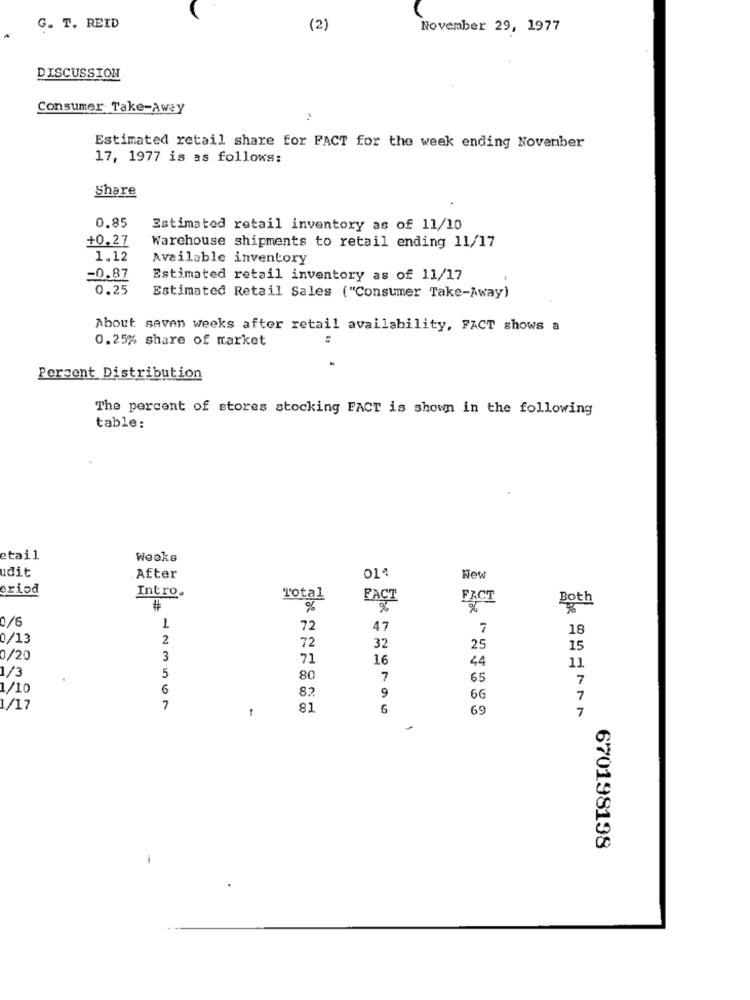
G. T. REID
(2)
November 29, 1977
DISCUSSION
Consumer Take-Away
Estimated retail share for FACT for the week ending November
17, 1977 is as follows:
Share
0.85
Estimated retail inventory as of 11/10
+0,27
Warehouse shipments to retail ending 11/17
1.12
Available inventory
-0.87
Estimated retail inventory as of 11/17
0.25
Estimated Retail Sales ("Consumer Take-Away)
About saven weeks after retail availability, FACT shows a
0.25% share of market
Percent Distribution
The percent of stores stocking FACT is shown in the following
table:
etail
Weeks
udit
After
New
oriod
Intro.
Total
FACT
FACT
Both
#
%
0/6
72
47
7
18
0/13
2
72
32
25
15
0/20
3
71
16
44
5
11
1/3
80
65
7
1/10
6
8?
9
66
7
1/17
7
1
81
6
69
7
670198198